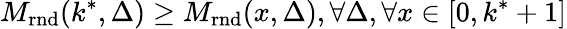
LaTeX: M_{\mathrm{rnd}}(k^{*},\Delta)\geq M_{\mathrm{rnd}}(x,\Delta),\forall\Delta,\forall x\in[0,k^{*}+1]